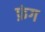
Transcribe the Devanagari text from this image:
फ़ंग